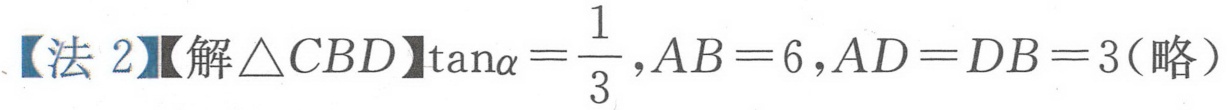
【法 2】【解\(\triangle CBD\)】\(\tan\alpha=\frac{1}{3},AB = 6,AD = DB = 3\)(略）